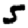
Digit: 5